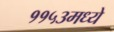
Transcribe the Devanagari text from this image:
११५३मध्ये